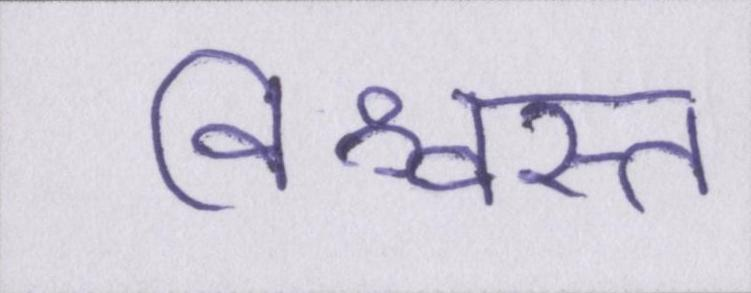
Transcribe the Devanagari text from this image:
विश्वस्त